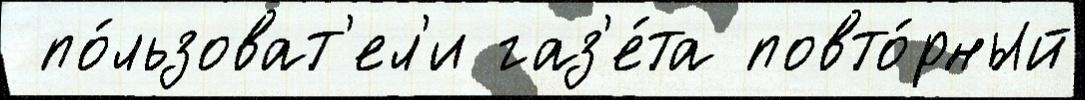
 по́льзоват'ел'и газ'е́та повто́рный